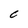
Character: C